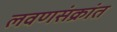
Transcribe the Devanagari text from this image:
लवणसंक्रांत